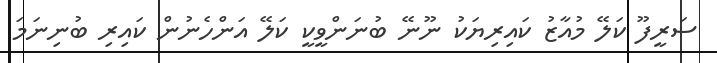
ސަރީފޫ ކަލޭ މުއާޒު ކައިރިޔަކު ނޫނޭ ބުނަންވީކީ ކަލޭ އަންހެނުން ކައިރި ބުނިނަމަ